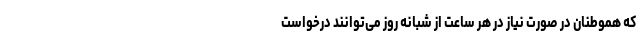
که هموطنان در صورت نیاز در هر ساعت از شبانه روز می‌توانند درخواست